Indian Medical Review
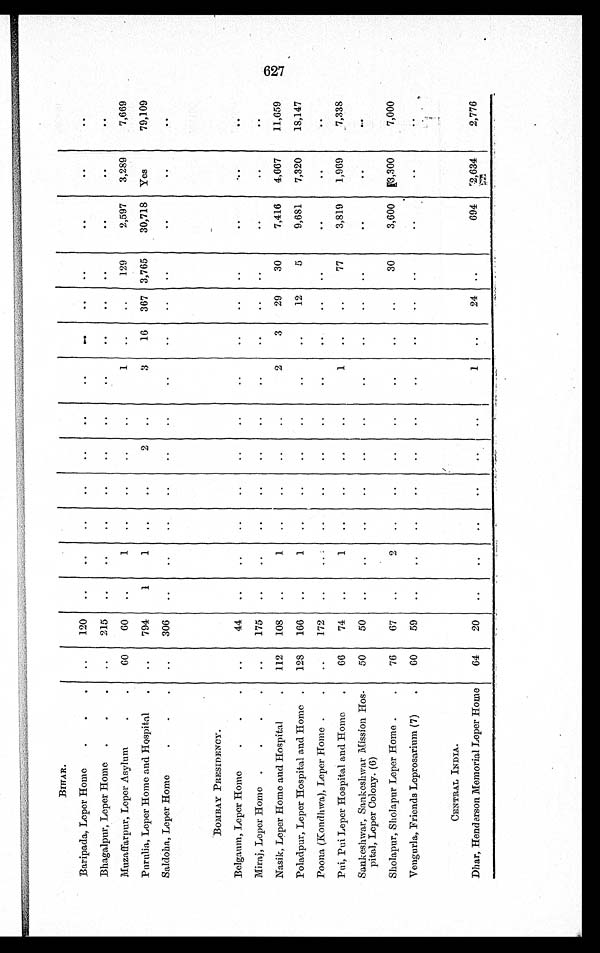
B I H A R .
Baripada, Leper Home
120
Bhagalpur, Leper Home
215
Muzaffarpur, Leper Asylum 60 60
1
1
129
2,597 3,289
7,669
Purulia, Leper Home and Hospital
794
1
1
2
3 16 367 3,765 30,718 Yes
79,109
Saldoha, Leper Home
3 0 6
BOMBAY PRESIDENCY.
Belgaum, Leper Home
4 4
Miraj, Leper Home
175
Nasik, Leper Home and Hospital
112 108
1
2
3 29 30
7,416 4,667
1 1 , 6 5 9
Poladpur, Leper Hospital and Home
128 166
1
12
5
9,681 7,320
18,147
Poona (Kondhwa), Leper Home
172
Pui, Pui Leper Hospital and Home
66 74
1
1
77
3,819 1,969
7,338
Sankeshwar, Sankeshwar Mission Hos-
pital, Leper Colony. (6)
50 50
Sholapur, Sholapur Leper Home
76 67
2
30
3,600 3,300
7,000
Vengurla, Friends Leprosarium (7)
60 59
CENTRAL INDIA.
Dhar, Henderson Memorial Leper Home 64 20
1
24
694 2,634
2,776
627